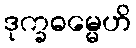
ဒုက္ခဓမ္မေဟိ